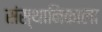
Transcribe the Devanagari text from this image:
संस्थानिकाला